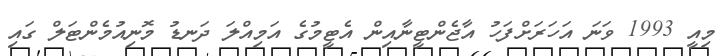
މިއީ 1993 ވަނަ އަހަރަށްފަހު އާޖެންޓީނާއިން އެޓީމުގެ އަމިއްލަ ދަނޑު މޮނިއުމެންޓަލް ގައި